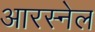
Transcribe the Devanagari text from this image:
आरस्नेल